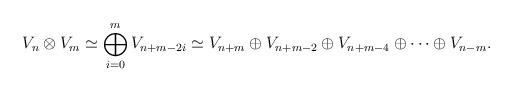
LaTeX: \begin{align*}V_n \otimes V_m \simeq\bigoplus_{i=0}^m V_{n+m -2i}\simeq V_{n+m}\oplus V_{n+m -2} \oplus V_{n+m -4} \oplus \cdots \oplus V_{n-m}.\end{align*}